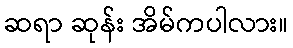
ဆရာ ဆုန်း အိမ်ကပါလား။